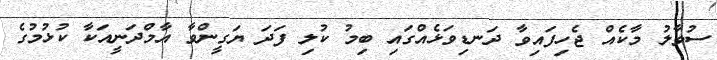
ސުވާލު މާކެއް ޖެހިފައިވާ ދަނޑިވަޅެއްގައި ބިމު ކުލި ފަދަ ޔަގީންވާ އާމްދަނީއަކާ ކުޅުމުގެ